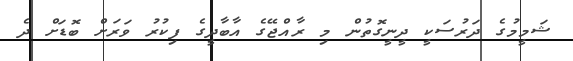
ޝަމީމުގެ ދަރުސަކީ ދީނީގޮތުން މި ރާއްޖޭގެ އާބާދީގެ ފިކުރު ވަރަށް ބޮޑަށް ދެ